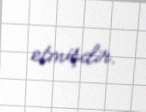
etmişdir.